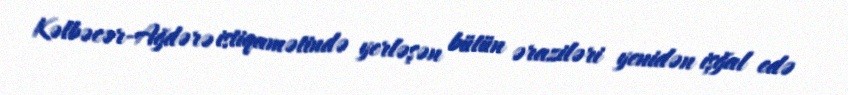
Kəlbəcər-Ağdərə istiqamətində yerləşən bütün əraziləri yenidən işğal edə